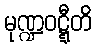
မုဏ္ဍဝဋ္ဋီတိ